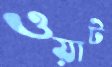
ওয়াট